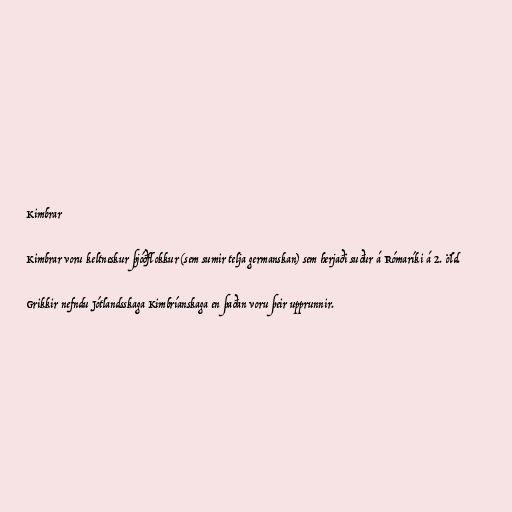
Kimbrar

Kimbrar voru keltneskur þjóðflokkur (sem sumir telja germanskan) sem herjaði suður á Rómaríki á 2. öld.

Grikkir nefndu Jótlandsskaga Kimbríanskaga en þaðan voru þeir upprunnir.